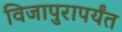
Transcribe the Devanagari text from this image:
विजापुरापर्यंत